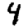
Digit: 4